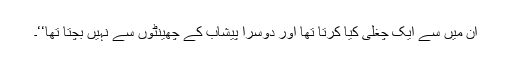
ان میں سے ایک چغلی کیا کرتا تھا اور دوسرا پیشاب کے چھینٹوں سے نہیں بچتا تھا‘‘۔